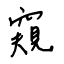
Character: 窺